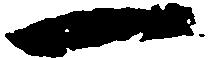
一